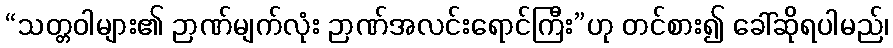
“သတ္တဝါများ၏ ဉာဏ်မျက်လုံး ဉာဏ်အလင်းရောင်ကြီး”ဟု တင်စား၍ ခေါ်ဆိုရပါမည်၊